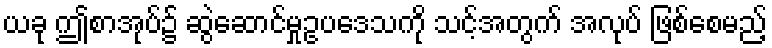
ယခု ဤစာအုပ်၌ ဆွဲဆောင်မှုဥပဒေသကို သင့်အတွက် အလုပ် ဖြစ်စေမည့်